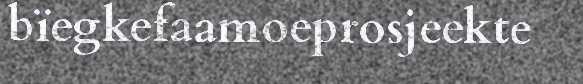
bïegkefaamoeprosjeekte